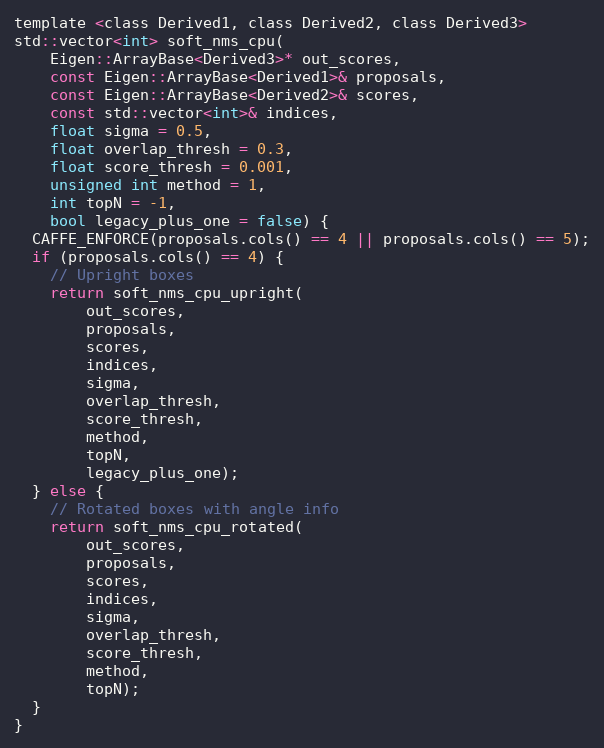
Language: C
template <class Derived1, class Derived2, class Derived3>
std::vector<int> soft_nms_cpu(
    Eigen::ArrayBase<Derived3>* out_scores,
    const Eigen::ArrayBase<Derived1>& proposals,
    const Eigen::ArrayBase<Derived2>& scores,
    const std::vector<int>& indices,
    float sigma = 0.5,
    float overlap_thresh = 0.3,
    float score_thresh = 0.001,
    unsigned int method = 1,
    int topN = -1,
    bool legacy_plus_one = false) {
  CAFFE_ENFORCE(proposals.cols() == 4 || proposals.cols() == 5);
  if (proposals.cols() == 4) {
    // Upright boxes
    return soft_nms_cpu_upright(
        out_scores,
        proposals,
        scores,
        indices,
        sigma,
        overlap_thresh,
        score_thresh,
        method,
        topN,
        legacy_plus_one);
  } else {
    // Rotated boxes with angle info
    return soft_nms_cpu_rotated(
        out_scores,
        proposals,
        scores,
        indices,
        sigma,
        overlap_thresh,
        score_thresh,
        method,
        topN);
  }
}